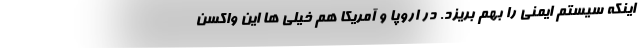
اینکه سیستم ایمنی را بهم بریزد. در اروپا و آمریکا هم خیلی ها این واکسن